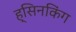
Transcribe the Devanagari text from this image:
ह्सिनकिंग